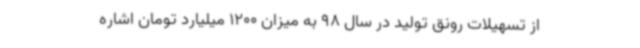
از تسهیلات رونق تولید در سال 98 به میزان 1200 میلیارد تومان اشاره